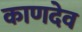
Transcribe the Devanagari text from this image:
काणदेव